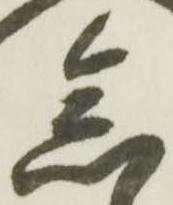
念